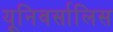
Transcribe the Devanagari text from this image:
यूनिवर्सालिस